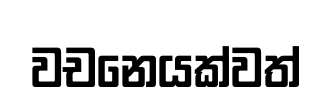
වචනෙයක්වත්